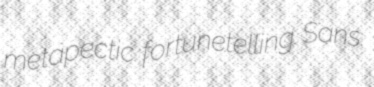
metapectic fortunetelling Sans.